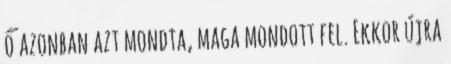
ő azonban azt mondta, maga mondott fel. Ekkor újra